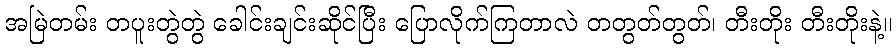
အမြဲတမ်း တပူးတွဲတွဲ ခေါင်းချင်းဆိုင်ပြီး ပြောလိုက်ကြတာလဲ တတွတ်တွတ်၊ တီးတိုး တီးတိုးနဲ့။